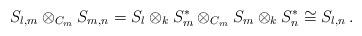
LaTeX: \begin{align*}S_{l,m} \otimes_{C_m} S_{m,n} = S_l \otimes_k S_m^* \otimes_{C_m} S_m \otimes_k S_n^* \cong S_{l,n}\,.\end{align*}